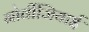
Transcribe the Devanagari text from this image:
नोर्वीजियाई